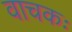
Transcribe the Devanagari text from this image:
वाचकः